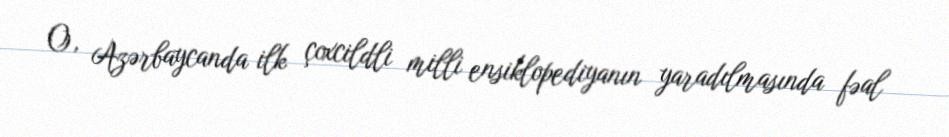
O, Azərbaycanda ilk çoxcildli milli ensiklopediyanın yaradılmasında fəal